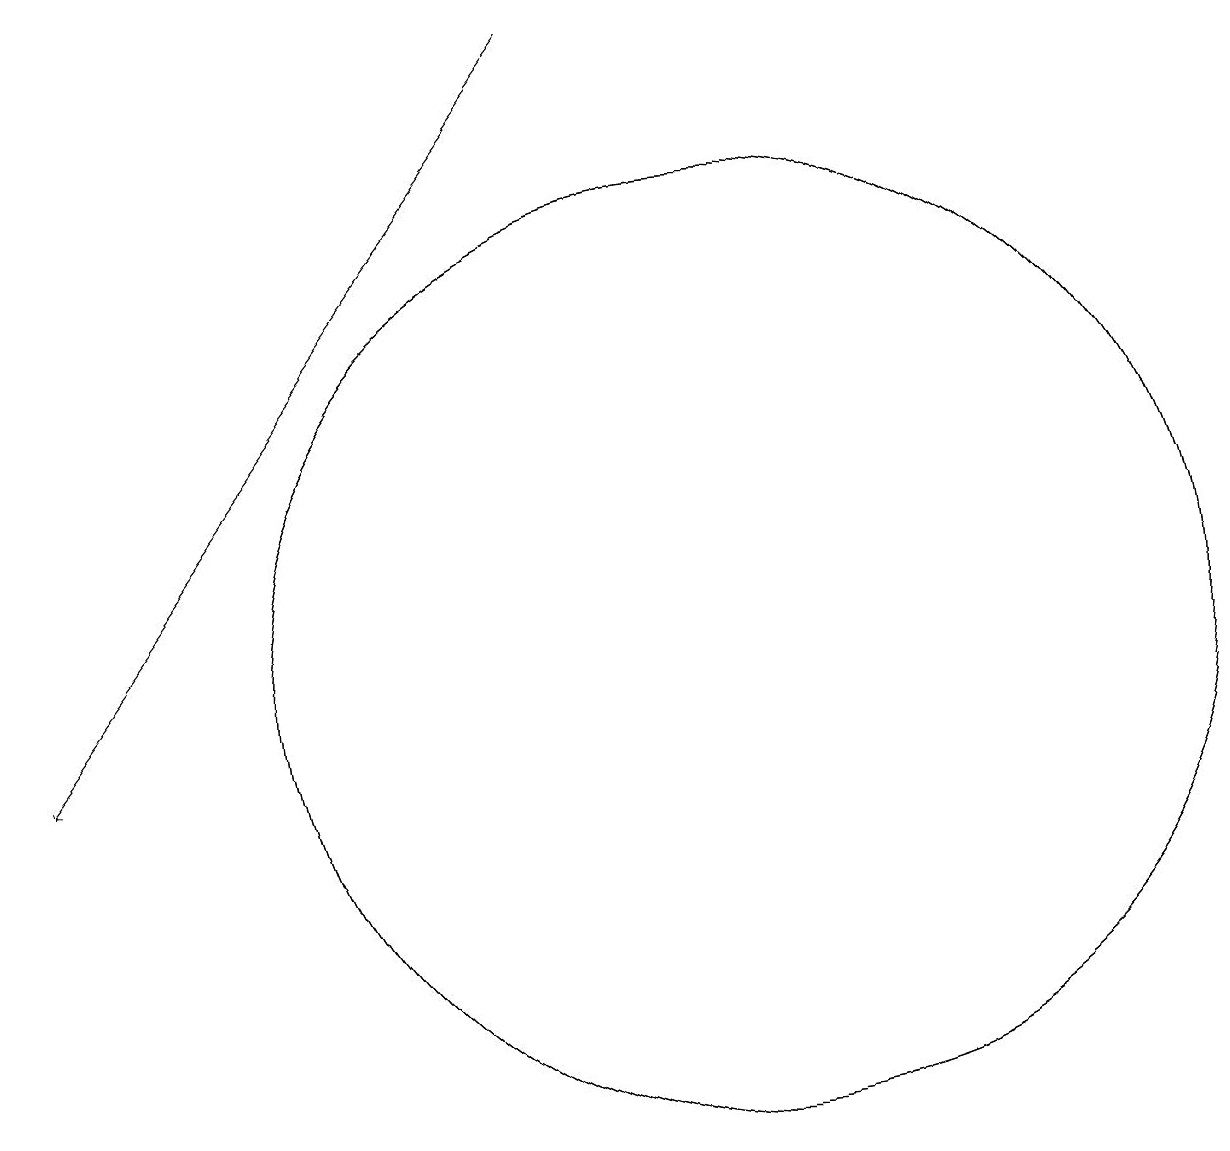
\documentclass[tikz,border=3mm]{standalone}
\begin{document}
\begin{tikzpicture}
\draw[->] (8,19) -- (1,10);
\draw (10,11) circle (6);
\draw (10,11) circle (6);
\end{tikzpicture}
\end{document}